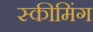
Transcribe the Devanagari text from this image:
स्कीमिंग